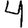
Digit: 4